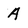
Character: A